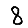
Digit: 8